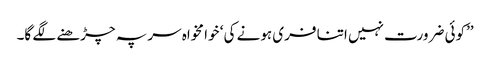
’’کوئی ضرورت نہیں اتنا فری ہونے کی ‘ خوا مخواہ سر پہ چڑھنے لگے گا۔